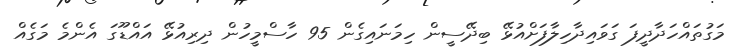
މަގުތައްހަދާދީފަ ގަވައިދާހިލާފަށްއުޅޭ ބިދޭސީން ހިމަނައިގެން 95 ހާސްމީހުން ދިރިއުޅޭ އައްޑޫގަ އެންމެ މަގެއް